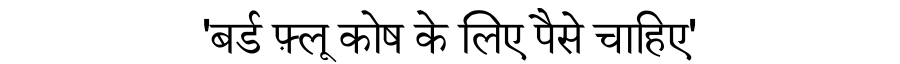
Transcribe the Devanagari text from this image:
'बर्ड फ़्लू कोष के लिए पैसे चाहिए'